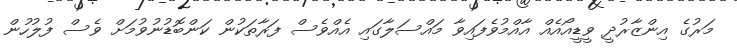
މަރުގެ އިންޒާރުދީ ވީޑީއޯއެއް އާއްމުވެފައިވާ މައްސަލާގައި އެއްވެސް ފަރާތަކުން ކަންބޮޑުނުވުމަށް ވެސް ފުލުހުން